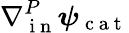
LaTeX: \nabla{}_{\mathrm{~i~n~}}^{P}\boldsymbol\psi_{\mathrm{~c~a~t~}}